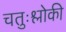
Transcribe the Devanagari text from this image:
चतुःश्लोकी